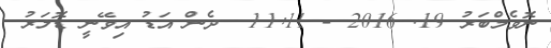
ނޮވެމްބަރު 19